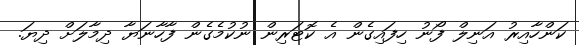
ކަންހާއިރު އަނިލް ފޯނު ހިފައިގެން އެ ކޮޓަރިން ނުކުމެގެން ފާހާނަޔާ ދިމާލަށް ދިޔަ.